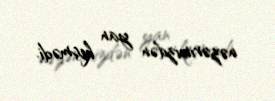
nəzərimizdən yan keçmədi.